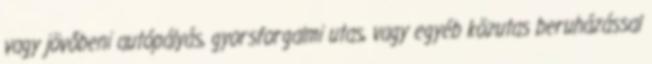
vagy jövőbeni autópályás, gyorsforgalmi utas, vagy egyéb közutas beruházással